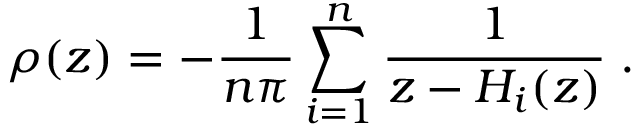
\rho ( z ) = - { \frac { 1 } { n \pi } } \sum _ { i = 1 } ^ { n } { \frac { 1 } { z - H _ { i } ( z ) } } \; .